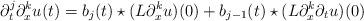
LaTeX: \begin{align*} \partial ^ j _ t \partial ^ k _ x u ( t ) = b _ j ( t ) \star ( L \partial ^ k _ x u ) ( 0 ) + b _ { j - 1 } ( t ) \star ( L \partial ^ k _ x \partial _ t u ) ( 0 )\end{align*}